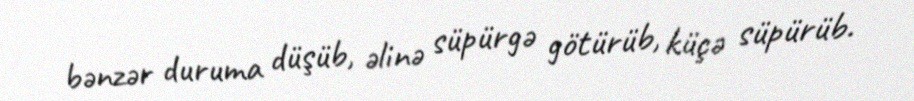
bənzər duruma düşüb, əlinə süpürgə götürüb, küçə süpürüb.